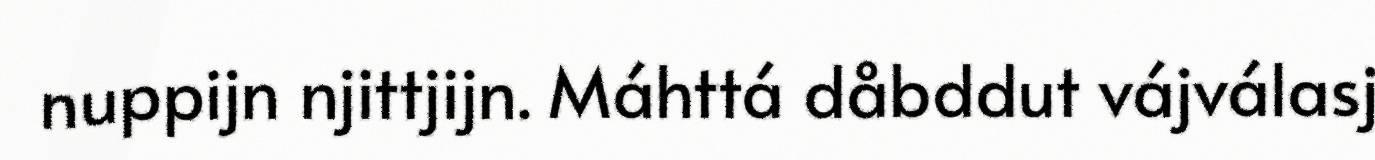
nuppijn njittjijn. Máhttá dåbddut vájválasj